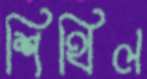
শিথিল